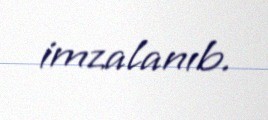
imzalanıb.